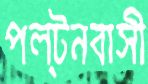
পল্টনবাসী